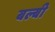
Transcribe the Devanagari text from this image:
बल्बी